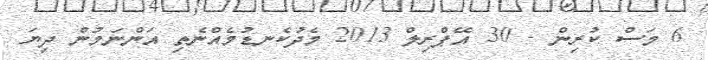
6 މަސް ކުރިން - 30 އޭޕްރިލް 2013 މެދުކެނޑުމެއްނެތި އަންނަމުން ދިޔަ